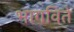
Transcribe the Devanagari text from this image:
भागविते